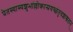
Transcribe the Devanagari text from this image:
प्रेतस्यास्यशुभांल्लोकान्प्रयच्छंतुचशाश्वतान्